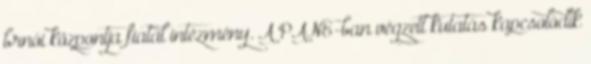
brnói központja fiatal intézmény. A PANE-ban végzett kutatás kapcsolódik